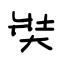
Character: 奘